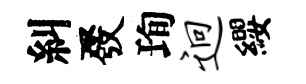
糾發珣迥纓